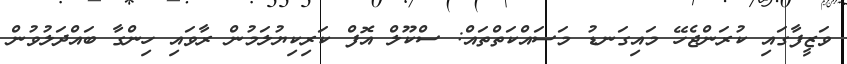
ވަޒީފާގައި ކުރަންޖެހޭ މައިގަނޑު މަސައްކަތްތައް: ސްކޫލް އޮފް ކަރިކިޔުލަމުން ރާވައި ހިންގާ ބައްދަލުވުން